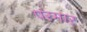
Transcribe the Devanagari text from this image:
परमार्